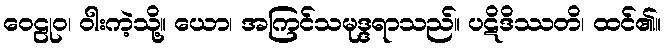
ဝေဠုဝ၊ ဝါးကဲ့သို့။ ယော၊ အကြင်သမုဒ္ဒရာသည်။ ပဋိဒိဿတိ၊ ထင်၏။